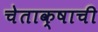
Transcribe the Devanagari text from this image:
चेताक्षाची